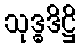
သုဒ္ဓဒိဋ္ဌိ